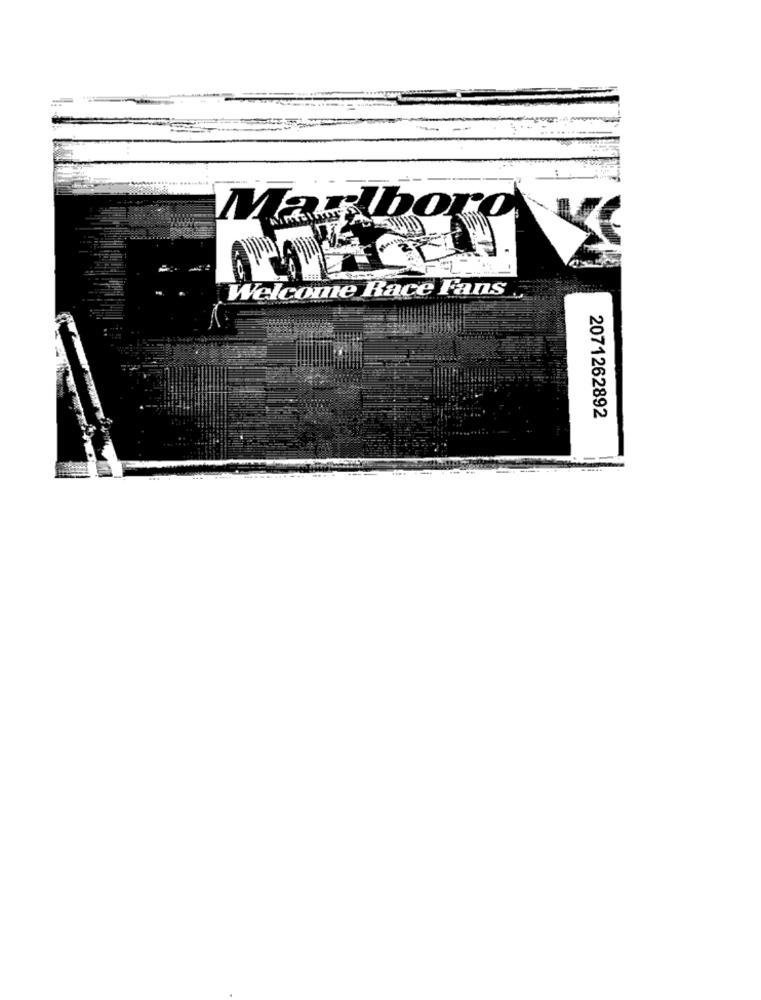
Marlboro
Welcome Race Fans
2071262892